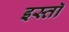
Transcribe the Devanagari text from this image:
इस्तॉ